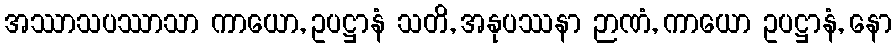
အဿာသပဿာသာ ကာယော, ဥပဋ္ဌာနံ သတိ, အနုပဿနာ ဉာဏံ, ကာယော ဥပဋ္ဌာနံ, နော